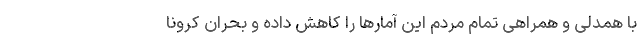
با همدلی و همراهی تمام مردم این آمارها را کاهش داده و بحران کرونا